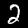
Label: 2